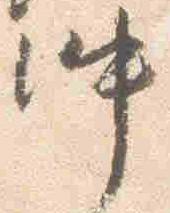
仲